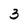
Character: 3